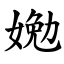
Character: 㛯